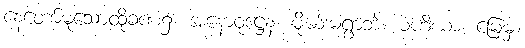
နေတော်မူသောထိုခဏ၌။ အနောဝုဋ္ဌေန၊ မိုဃ်းမရွာဘဲ။ မဟိယာ၊ မြေမှ။